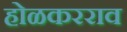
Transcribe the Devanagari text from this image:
होळकरराव